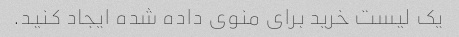
یک لیست خرید برای منوی داده شده ایجاد کنید.